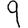
Digit: 9